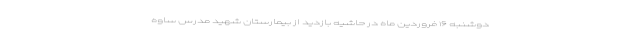
دوشنبه ۱۶ فروردین ماه در حاشیه بازدید از بیمارستان شهید مدرس ساوه